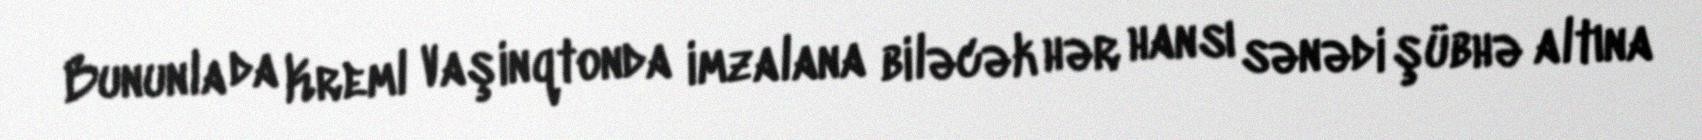
Bununla da Kreml Vaşinqtonda imzalana biləcək hər hansı sənədi şübhə altına